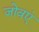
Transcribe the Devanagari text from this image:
जोवएं